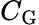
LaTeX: C_{\mathrm{G}}